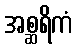
အစ္ဆရိကံ